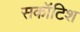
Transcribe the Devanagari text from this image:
सकॉटिश